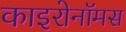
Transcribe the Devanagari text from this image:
काइरोनॉमस